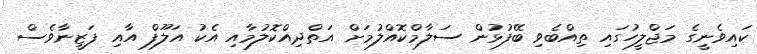
ކައިވެނީގެ މަޖްލީހުގައި ތިއްބެވި ބޭފުޅުން ސަލާމްކޮއްލުމަށް އަތްދިއްކޮލުމާއި އެކު އަލޫފް އާއި ފަޒީނާވެސް